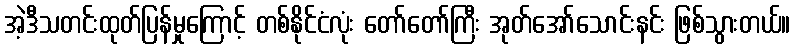
အဲ့ဒီသတင်းထုတ်ပြန်မှုကြောင့် တစ်နိုင်ငံလုံး တော်တော်ကြီး အုတ်အော်သောင်းနင်း ဖြစ်သွားတယ်။